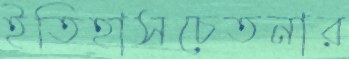
ইতিহাসচেতনার